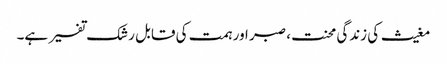
مغیث کی زندگی محنت، صبر اور ہمت کی قابل رشک تفسیر ہے۔